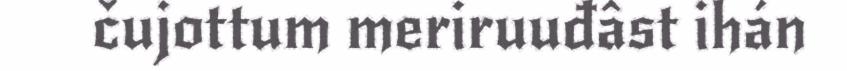
čujottum meriruuđâst ihán